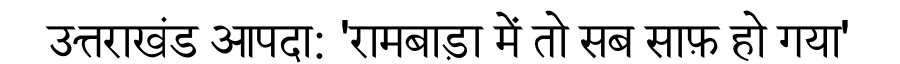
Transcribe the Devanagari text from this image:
उत्तराखंड आपदा: 'रामबाड़ा में तो सब साफ़ हो गया'